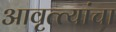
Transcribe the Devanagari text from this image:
आवृत्त्यांचा